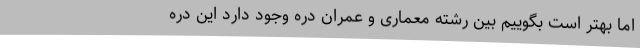
اما بهتر است بگوییم بین رشته معماری و عمران دره وجود دارد این دره